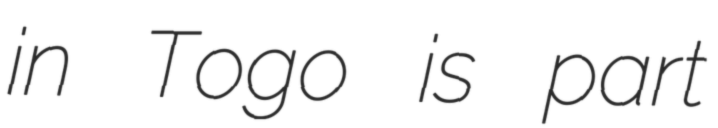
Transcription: in Togo is part